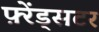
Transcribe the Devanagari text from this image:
फ़्रेंड्सटर